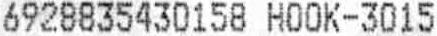
6928835430158 HOOK-3015